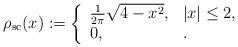
LaTeX: \begin{align*} \rho_{\mathrm{sc}}(x) := \left\{\begin{array}{ll}\frac{1}{2 \pi} \sqrt{4 - x^2}, & |x| \leq 2, \\0, & .\end{array} \right. \end{align*}